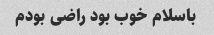
باسلام خوب بود راضی بودم